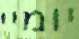
יומיי